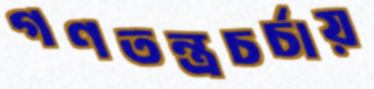
গণতন্ত্রচর্চায়